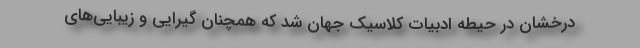
درخشان در حیطه ادبیات کلاسیک جهان شد که همچنان گیرایی و زیبایی‌های